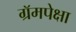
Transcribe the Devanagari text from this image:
ग्रॅमपेक्षा